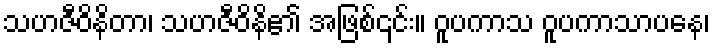
သဟဇီဝိနိတာ၊ သဟဇီဝိနိ၏ အဖြစ်၎င်း။ ဝူပကာသ ဝူပကာသာပနေ၊